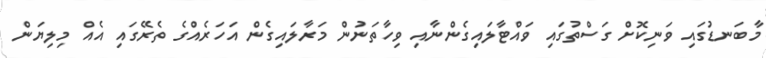
މާބަނޑުގައި ވަނިކޮށް ގަސްތުގައި ވައްޓާލައިގެންނާއި ވިހާތަނުން މަރާލައިގެން އަހަރެއްގެ ތެރޭގައި އެއް މިލިޔަން